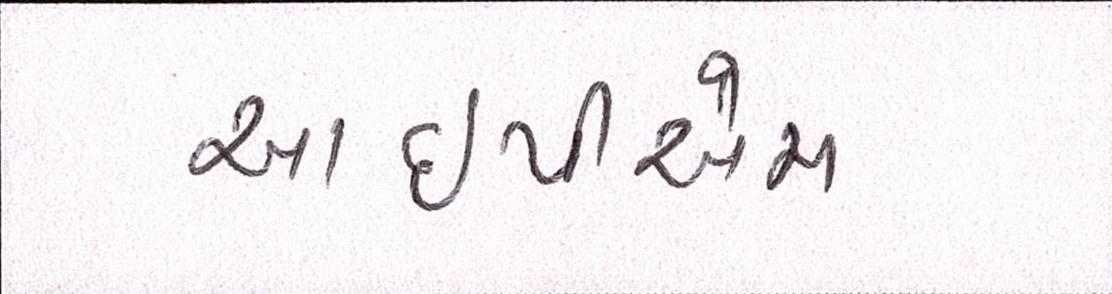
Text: આઇપીએમ